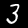
Label: 3